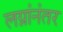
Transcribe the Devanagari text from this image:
लग्नांनंतर